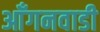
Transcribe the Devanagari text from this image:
आँगनवाडी